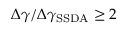
\Delta \gamma / \Delta \gamma _ { \mathrm { S S D A } } \geq 2